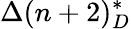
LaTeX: \Delta(n+2)_{D}^{*}